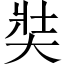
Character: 奘